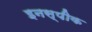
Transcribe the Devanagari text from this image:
इनस्पीक